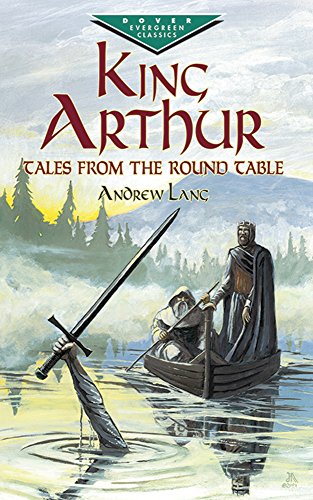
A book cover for King Arthur: Tales from the Round Table (Dover Children's Evergreen Classics); Andrew Lang; Children's Books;